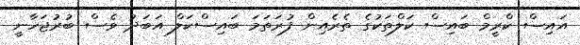
އައިސް ކްރީމް ބައިސް ކަލްތަކުގެ ތެރެއިން ފުރަތަމަ ބައިސްކަލް އަބަދު ވެސް ބުރުޖަހާނީ